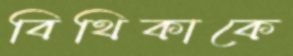
বিথিকাকে